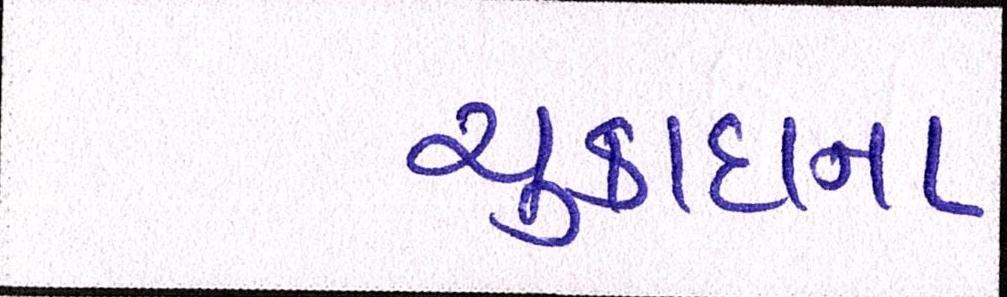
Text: ચુકાદાના